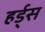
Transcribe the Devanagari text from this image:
हर्ड्स